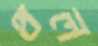
থল